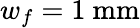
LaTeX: w_{f}=1~\textrm{mm}